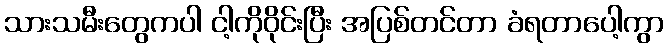
သားသမီးတွေကပါ ငါ့ကိုဝိုင်းပြီး အပြစ်တင်တာ ခံရတာပေါ့ကွာ